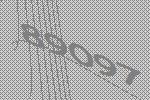
89097